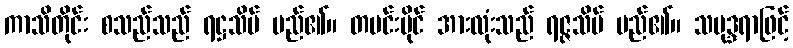
ကာသိတိုင်း စသည်သည် ရဋ္ဌသိမ် မည်၏။ တမင်းပိုင် အားလုံးသည် ရဇ္ဇသိမ် မည်၏။ သမုဒ္ဒရာဖြင့်